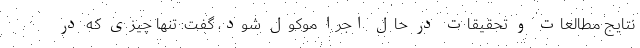
نتایج مطالعات و تحقیقات در حال اجرا موکول شود، گفت: تنها چیزی که در